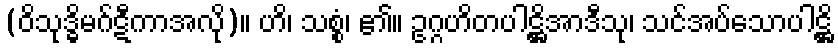
(ဝိသုဒ္ဓိမဂ်ဋီကာအလို)။ ဟိ၊ သစ္စံ၊ ၏။ ဥဂ္ဂဟိတပါဋ္ဌိအာဒီသု၊ သင်အပ်သောပါဋ္ဌိ